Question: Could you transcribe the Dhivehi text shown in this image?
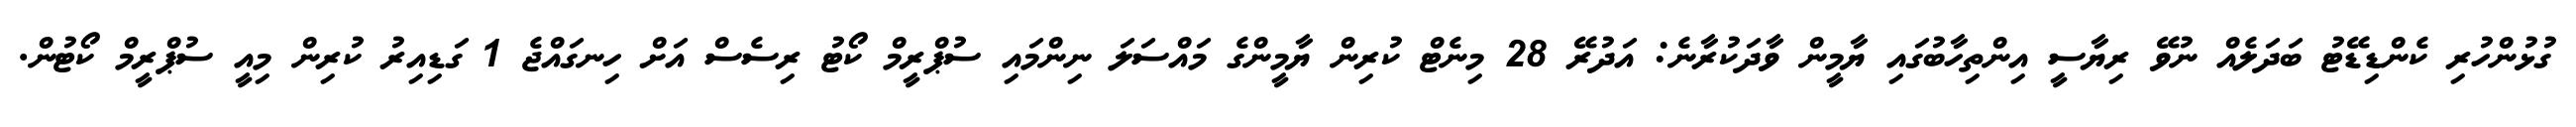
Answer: ގުޅުންހުރި ކެންޑިޑޭޓު ބަދަލެއް ނުވޭ ރިޔާސީ އިންތިހާބުގައި ޔާމީން ވާދަކުރާނެ: އަދުރޭ 28 މިނެޓް ކުރިން ޔާމީންގެ މައްސަލަ ނިންމައި ސުޕްރީމް ކޯޓު ރިސެސް އަށް ހިނގައްޖެ 1 ގަޑިއިރު ކުރިން މިއީ ސުޕްރީމް ކޯޓުން.